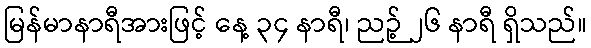
မြန်မာနာရီအားဖြင့် နေ့ ၃၄ နာရီ၊ ညဉ့် ၂၆ နာရီ ရှိသည်။